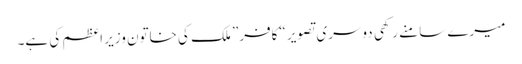
میرے سامنے رکھی دوسری تصویر “کافر” ملک کی خاتون وزیر اعظم کی ہے۔